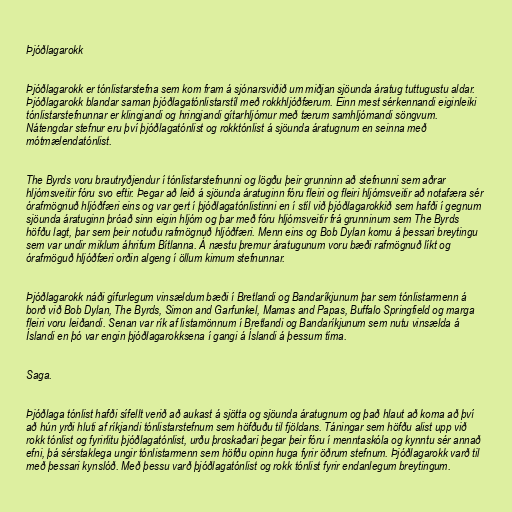
Þjóðlagarokk

Þjóðlagarokk er tónlistarstefna sem kom fram á sjónarsviðið um miðjan sjöunda áratug tuttugustu aldar.
Þjóðlagarokk blandar saman þjóðlagatónlistarstíl með rokkhljóðfærum. Einn mest sérkennandi eiginleiki
tónlistarstefnunnar er klingjandi og hringjandi gítarhljómur með tærum samhljómandi söngvum.
Nátengdar stefnur eru því þjóðlagatónlist og rokktónlist á sjöunda áratugnum en seinna með
mótmælendatónlist.

The Byrds voru brautryðjendur í tónlistarstefnunni og lögðu þeir grunninn að stefnunni sem aðrar
hljómsveitir fóru svo eftir. Þegar að leið á sjöunda áratuginn fóru fleiri og fleiri hljómsveitir að notafæra sér
órafmögnuð hljóðfæri eins og var gert í þjóðlagatónlistinni en í stíl við þjóðlagarokkið sem hafði í gegnum
sjöunda áratuginn þróað sinn eigin hljóm og þar með fóru hljómsveitir frá grunninum sem The Byrds
höfðu lagt, þar sem þeir notuðu rafmögnuð hljóðfæri. Menn eins og Bob Dylan komu á þessari breytingu
sem var undir miklum áhrifum Bítlanna. Á næstu þremur áratugunum voru bæði rafmögnuð líkt og
órafmöguð hljóðfæri orðin algeng í öllum kimum stefnunnar.

Þjóðlagarokk náði gífurlegum vinsældum bæði í Bretlandi og Bandaríkjunum þar sem tónlistarmenn á
borð við Bob Dylan, The Byrds, Simon and Garfunkel, Mamas and Papas, Buffalo Springfield og marga
fleiri voru leiðandi. Senan var rík af listamönnum í Bretlandi og Bandaríkjunum sem nutu vinsælda á
Íslandi en þó var engin þjóðlagarokksena í gangi á Íslandi á þessum tíma.

Saga.

Þjóðlaga tónlist hafði sífellt verið að aukast á sjötta og sjöunda áratugnum og það hlaut að koma að því
að hún yrði hluti af ríkjandi tónlistarstefnum sem höfðuðu til fjöldans. Táningar sem höfðu alist upp við
rokk tónlist og fyrirlitu þjóðlagatónlist, urðu þroskaðari þegar þeir fóru í menntaskóla og kynntu sér annað
efni, þá sérstaklega ungir tónlistarmenn sem höfðu opinn huga fyrir öðrum stefnum. Þjóðlagarokk varð til
með þessari kynslóð. Með þessu varð þjóðlagatónlist og rokk tónlist fyrir endanlegum breytingum.